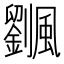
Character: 𩙔